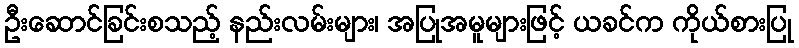
ဦးဆောင်ခြင်းစသည့် နည်းလမ်းများ၊ အပြုအမူများဖြင့် ယခင်က ကိုယ်စားပြု